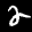
Label: 2